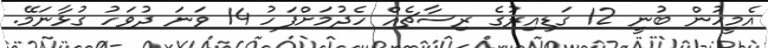
އެމީހުން ބުނީ 12 ގަޑިއިރުގެ ރިސާޗެއް ހެދުމަށްފަހު 14 ވަނަ ދުވަހު ގުޅާނަމޭ.